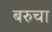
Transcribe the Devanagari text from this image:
बरुचा